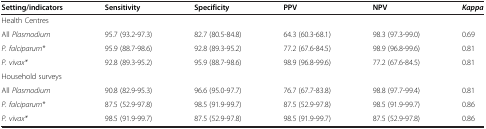
<table><thead><tr><td><b>Setting/indicators</b></td><td><b>Sensitivity</b></td><td><b>Specificity</b></td><td><b>PPV</b></td><td><b>NPV</b></td><td><b><i>Kappa</i></b></td></tr></thead><tbody><tr><td colspan="6">Health Centres</td></tr><tr><td>All <i>Plasmodium</i></td><td>95.7 (93.2-97.3)</td><td>82.7 (80.5-84.8)</td><td>64.3 (60.3-68.1)</td><td>98.3 (97.3-99.0)</td><td>0.69</td></tr><tr><td><i>P. falciparum*</i></td><td>95.9 (88.7-98.6)</td><td>92.8 (89.3-95.2)</td><td>77.2 (67.6-84.5)</td><td>98.9 (96.8-99.6)</td><td>0.81</td></tr><tr><td><i>P. vivax*</i></td><td>92.8 (89.3-95.2)</td><td>95.9 (88.7-98.6)</td><td>98.9 (96.8-99.6)</td><td>77.2 (67.6-84.5)</td><td>0.81</td></tr><tr><td>Household surveys</td><td> </td><td> </td><td> </td><td> </td><td> </td></tr><tr><td>All <i>Plasmodium</i></td><td>90.8 (82.9-95.3)</td><td>96.6 (95.0-97.7)</td><td>76.7 (67.7-83.8)</td><td>98.8 (97.7-99.4)</td><td>0.81</td></tr><tr><td><i>P. falciparum*</i></td><td>87.5 (52.9-97.8)</td><td>98.5 (91.9-99.7)</td><td>87.5 (52.9-97.8)</td><td>98.5 (91.9-99.7)</td><td>0.86</td></tr><tr><td><i>P. vivax*</i></td><td>98.5 (91.9-99.7)</td><td>87.5 (52.9-97.8)</td><td>98.5 (91.9-99.7)</td><td>87.5 (52.9-97.8)</td><td>0.86</td></tr></tbody></table>